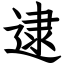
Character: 逮